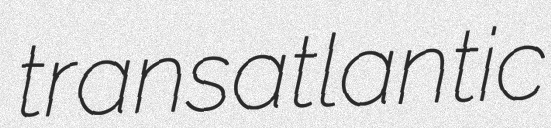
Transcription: transatlantic